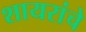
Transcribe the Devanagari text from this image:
शायरांचे